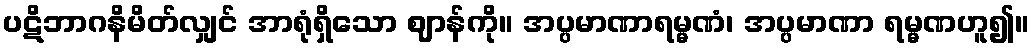
ပဋိဘာဂနိမိတ်လျှင် အာရုံရှိသော ဈာန်ကို။ အပ္ပမာဏာရမ္မဏံ၊ အပ္ပမာဏာ ရမ္မဏဟူ၍။